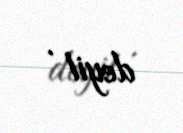
deyil .